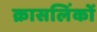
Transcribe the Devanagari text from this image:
क्रासलिंकों